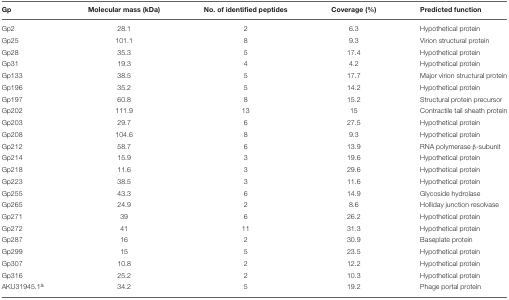
<table><thead><tr><td><b>Gp</b></td><td><b>Molecular mass (kDa)</b></td><td><b>No. of identified peptides</b></td><td><b>Coverage (%)</b></td><td><b>Predicted function</b></td></tr></thead><tbody><tr><td>Gp2</td><td>28.1</td><td>2</td><td>6.3</td><td>Hypothetical protein</td></tr><tr><td>Gp25</td><td>101.1</td><td>8</td><td>9.3</td><td>Virion structural protein</td></tr><tr><td>Gp28</td><td>35.3</td><td>5</td><td>17.4</td><td>Hypothetical protein</td></tr><tr><td>Gp31</td><td>19.3</td><td>4</td><td>4.2</td><td>Hypothetical protein</td></tr><tr><td>Gp133</td><td>38.5</td><td>5</td><td>17.7</td><td>Major virion structural protein</td></tr><tr><td>Gp196</td><td>35.2</td><td>5</td><td>14.2</td><td>Hypothetical protein</td></tr><tr><td>Gp197</td><td>60.8</td><td>8</td><td>15.2</td><td>Structural protein precursor</td></tr><tr><td>Gp202</td><td>111.9</td><td>13</td><td>15</td><td>Contractile tail sheath protein</td></tr><tr><td>Gp203</td><td>29.7</td><td>6</td><td>27.5</td><td>Hypothetical protein</td></tr><tr><td>Gp208</td><td>104.6</td><td>8</td><td>9.3</td><td>Hypothetical protein</td></tr><tr><td>Gp212</td><td>58.7</td><td>6</td><td>13.9</td><td>RNA polymerase β-subunit</td></tr><tr><td>Gp214</td><td>15.9</td><td>3</td><td>19.6</td><td>Hypothetical protein</td></tr><tr><td>Gp218</td><td>11.6</td><td>3</td><td>29.6</td><td>Hypothetical protein</td></tr><tr><td>Gp223</td><td>38.5</td><td>3</td><td>11.6</td><td>Hypothetical protein</td></tr><tr><td>Gp255</td><td>43.3</td><td>6</td><td>14.9</td><td>Glycoside hydrolase</td></tr><tr><td>Gp265</td><td>24.9</td><td>2</td><td>8.6</td><td>Holliday junction resolvase</td></tr><tr><td>Gp271</td><td>39</td><td>6</td><td>26.2</td><td>Hypothetical protein</td></tr><tr><td>Gp272</td><td>41</td><td>11</td><td>31.3</td><td>Hypothetical protein</td></tr><tr><td>Gp287</td><td>16</td><td>2</td><td>30.9</td><td>Baseplate protein</td></tr><tr><td>Gp299</td><td>15</td><td>5</td><td>23.5</td><td>Hypothetical protein</td></tr><tr><td>Gp307</td><td>10.8</td><td>2</td><td>12.2</td><td>Hypothetical protein</td></tr><tr><td>Gp316</td><td>25.2</td><td>2</td><td>10.3</td><td>Hypothetical protein</td></tr><tr><td>AKU31945.1<sup>a</sup></td><td>34.2</td><td>5</td><td>19.2</td><td>Phage portal protein</td></tr></tbody></table>